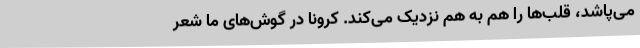
می‌پاشد، قلب‌ها را هم به هم نزدیک می‌کند. کرونا در گوش‌های ما شعر